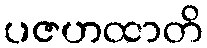
ပဇဟထာတိ